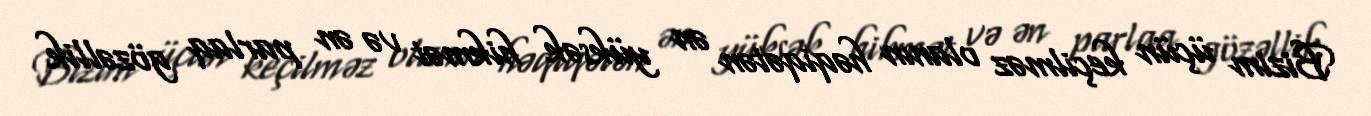
Bizim üçün keçilməz olanın həqiqətən ən yüksək hikmət və ən parlaq gözəllik